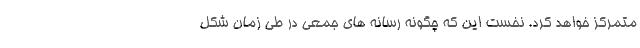
متمرکز خواهد کرد. نخست این که چگونه رسانه های جمعی در طی زمان شکل